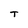
Character: T